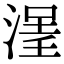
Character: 𣹽